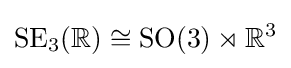
{\text{SE}}_{3}(\mathbb {R} )\cong {\text{SO}}(3)\rtimes \mathbb {R} ^{3}